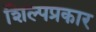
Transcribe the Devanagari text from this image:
शिल्पप्रकार